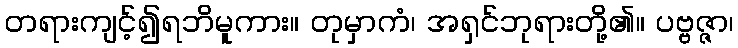
တရားကျင့်၍ရဘိမူကား။ တုမှာကံ၊ အရှင်ဘုရားတို့၏။ ပဗ္ဗဇ္ဇာ၊